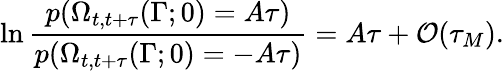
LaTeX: \ln\frac{p(\Omega_{t,t+\tau}(\Gamma;0)=A\tau)}{p(\Omega_{t,t+\tau}(\Gamma;0)=-A\tau)}=A\tau+\mathcal{O}(\tau_{M}).